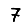
Digit: 7